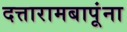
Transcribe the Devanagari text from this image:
दत्तारामबापूंना